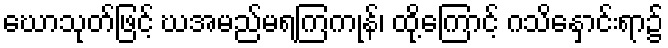
ဃောသုတ်ဖြင့် ဃအမည်မရကြကုန်၊ ထို့ကြောင့် ဂသိနှောင်းရာ၌